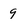
Character: 9